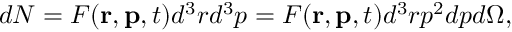
d { \cal N } = F ( \mathbf { r } , \mathbf { p } , t ) d ^ { 3 } r d ^ { 3 } p = F ( \mathbf { r } , \mathbf { p } , t ) d ^ { 3 } r p ^ { 2 } d p d \Omega ,